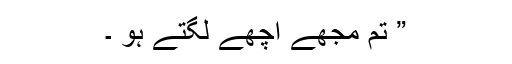
” تم مجھے اچھے لگتے ہو ۔